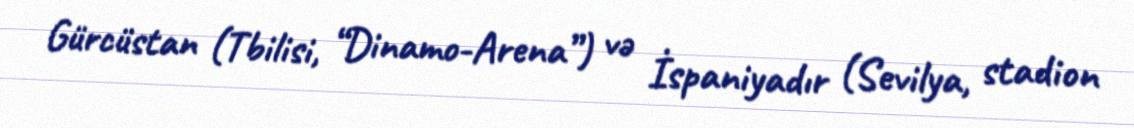
Gürcüstan (Tbilisi, “Dinamo-Arena”) və İspaniyadır (Sevilya, stadion